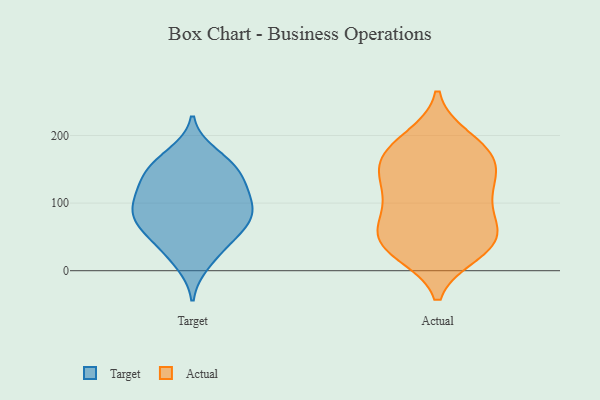
{"axis": {"x": "Satisfaction Score", "y": "Value"}, "legend": ["Actual", "Target"], "data": [{"x": "", "y": 84, "type": "Target"}, {"x": "", "y": 152, "type": "Target"}, {"x": "", "y": 49, "type": "Target"}, {"x": "", "y": 150, "type": "Target"}, {"x": "", "y": 112, "type": "Target"}, {"x": "", "y": 92, "type": "Target"}, {"x": "", "y": 57, "type": "Target"}, {"x": "", "y": 73, "type": "Target"}, {"x": "", "y": 172, "type": "Target"}, {"x": "", "y": 29, "type": "Target"}, {"x": "", "y": 121, "type": "Target"}, {"x": "", "y": 85, "type": "Target"}, {"x": "", "y": 133, "type": "Target"}, {"x": "", "y": 109, "type": "Target"}, {"x": "", "y": 157, "type": "Target"}, {"x": "", "y": 12, "type": "Target"}, {"x": "", "y": 71, "type": "Target"}, {"x": "", "y": 122, "type": "Actual"}, {"x": "", "y": 33, "type": "Actual"}, {"x": "", "y": 68, "type": "Actual"}, {"x": "", "y": 140, "type": "Actual"}, {"x": "", "y": 26, "type": "Actual"}, {"x": "", "y": 44, "type": "Actual"}, {"x": "", "y": 175, "type": "Actual"}, {"x": "", "y": 108, "type": "Actual"}, {"x": "", "y": 95, "type": "Actual"}, {"x": "", "y": 189, "type": "Actual"}, {"x": "", "y": 63, "type": "Actual"}, {"x": "", "y": 155, "type": "Actual"}, {"x": "", "y": 69, "type": "Actual"}, {"x": "", "y": 33, "type": "Actual"}, {"x": "", "y": 172, "type": "Actual"}, {"x": "", "y": 196, "type": "Actual"}, {"x": "", "y": 131, "type": "Actual"}, {"x": "", "y": 161, "type": "Actual"}, {"x": "", "y": 38, "type": "Actual"}]}